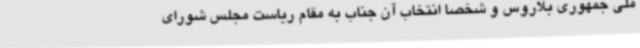
ملی جمهوری بلاروس و شخصاً انتخاب آن جناب به مقام ریاست مجلس شورای